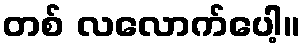
တစ် လလောက်ပေါ့။